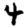
Digit: 4